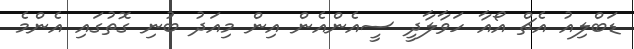
ޑަބްލިއު އެޗް އޯއާ ހަވާލާދީ ސީއެންއެން އިން މިއަދު ބުނި ގޮތުގައި އެންމެ